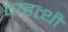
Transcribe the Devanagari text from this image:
दाहत्थी